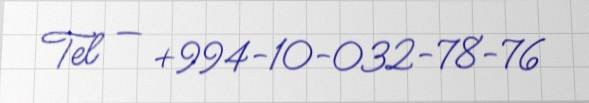
Tel — +994-10-032-78-76